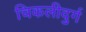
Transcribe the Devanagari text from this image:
चिकलीदुर्ग